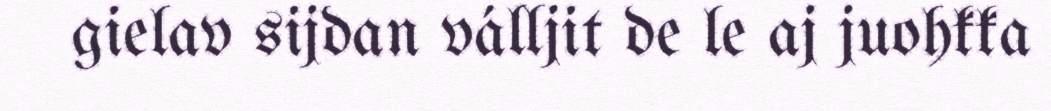
gielav sijdan válljit de le aj juohkka